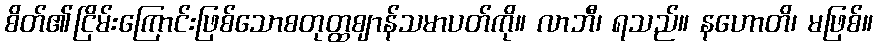
စိတ်၏ငြိမ်းကြောင်းဖြစ်သောစတုတ္ထဈာန်သမာပတ်ကို။ လာဘီ၊ ရသည်။ နဟောတိ၊ မဖြစ်။